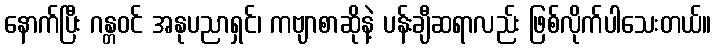
နောက်ပြီး ဂန္တဝင် အနုပညာရှင်၊ ကဗျာစာဆိုနဲ့ ပန်းချီဆရာလည်း ဖြစ်လိုက်ပါသေးတယ်။